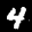
Label: 4